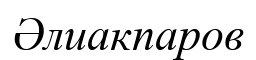
Әлиакпаров